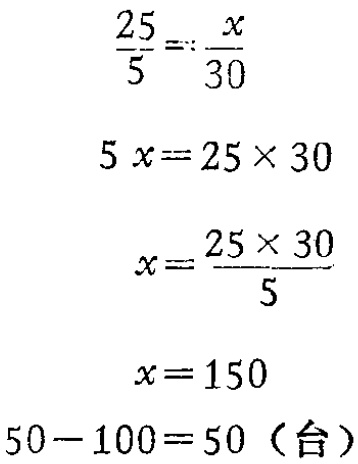
\[\begin{align*}
\frac{25}{5}&=\frac{x}{30}\\
5x&=25\times30\\
x&=\frac{25\times30}{5}\\
x&=150
\end{align*}\]
\(50 - 100 = 50 (\text{台})\)